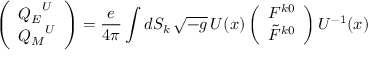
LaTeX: \left( \begin{array} { l } { { { Q _ { E } } ^ { U } } } \\ { { { Q _ { M } } ^ { U } } } \end{array} \right) = { \frac { e } { 4 \pi } } \int d S _ { k } \, \sqrt { - g } \, U ( x ) \left( \begin{array} { l } { { F ^ { k 0 } } } \\ { { \tilde { F } ^ { k 0 } } } \end{array} \right) U ^ { - 1 } ( x )